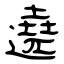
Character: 遶